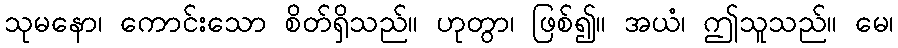
သုမနော၊ ကောင်းသော စိတ်ရှိသည်။ ဟုတွာ၊ ဖြစ်၍။ အယံ၊ ဤသူသည်။ မေ၊